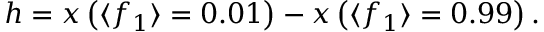
h = x \left( \langle f _ { 1 } \rangle = 0 . 0 1 \right) - x \left( \langle f _ { 1 } \rangle = 0 . 9 9 \right) .